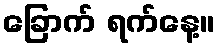
ခြောက် ရက်နေ့။